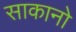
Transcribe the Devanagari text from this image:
साकानो